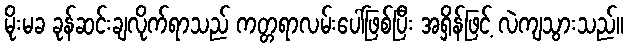
မိုးမခ ခုန်ဆင်းချလိုက်ရာသည် ကတ္တရာလမ်းပေါ်ဖြစ်ပြီး အရှိန်ဖြင့် လဲကျသွားသည်။